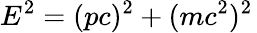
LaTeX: E^{2}=(pc)^{2}+(mc^{2})^{2}\,